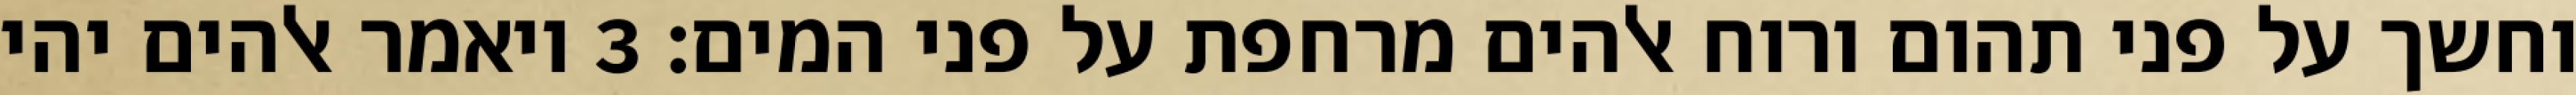
וחשך על פני תהום ורוח אלהים מרחפת על פני המים׃ ‎3‏ ויאמר אלהים יהי